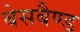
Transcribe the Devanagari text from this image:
बेसबैण्ड